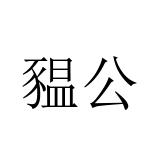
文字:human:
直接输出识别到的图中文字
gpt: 豱公